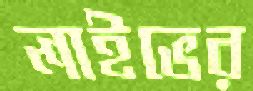
লাইভের